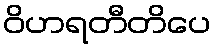
ဝိဟရတီတိပေ